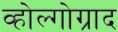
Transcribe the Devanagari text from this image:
व्होल्गोग्राद